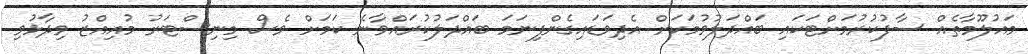
މައުލޫމާތެއް ސާފުކުރުމަށްޓަކައި ބައްދަލުވުމަކަށް އެދިވަޑައިގެންފިނަމަ ބައްދަލުކުރައްވާނެ ކަމަށް ވެސް މިނިސްޓަރު މުއިއްޒު ވިދާޅުވި